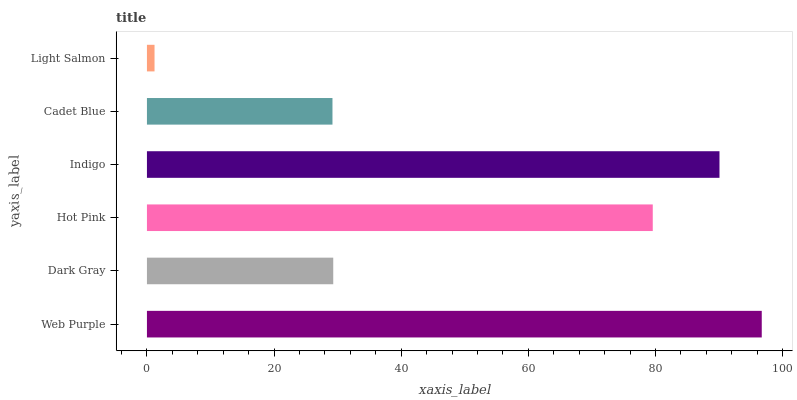
| yaxis_label | bars |
 | --- | --- |
 | Web Purple | 96.7 |
 | Dark Gray | 29.3 |
 | Hot Pink | 79.6 |
 | Indigo | 90.1 |
 | Cadet Blue | 29.2 |
 | Light Salmon | 1.2 |